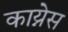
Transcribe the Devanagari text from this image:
काय्नेस